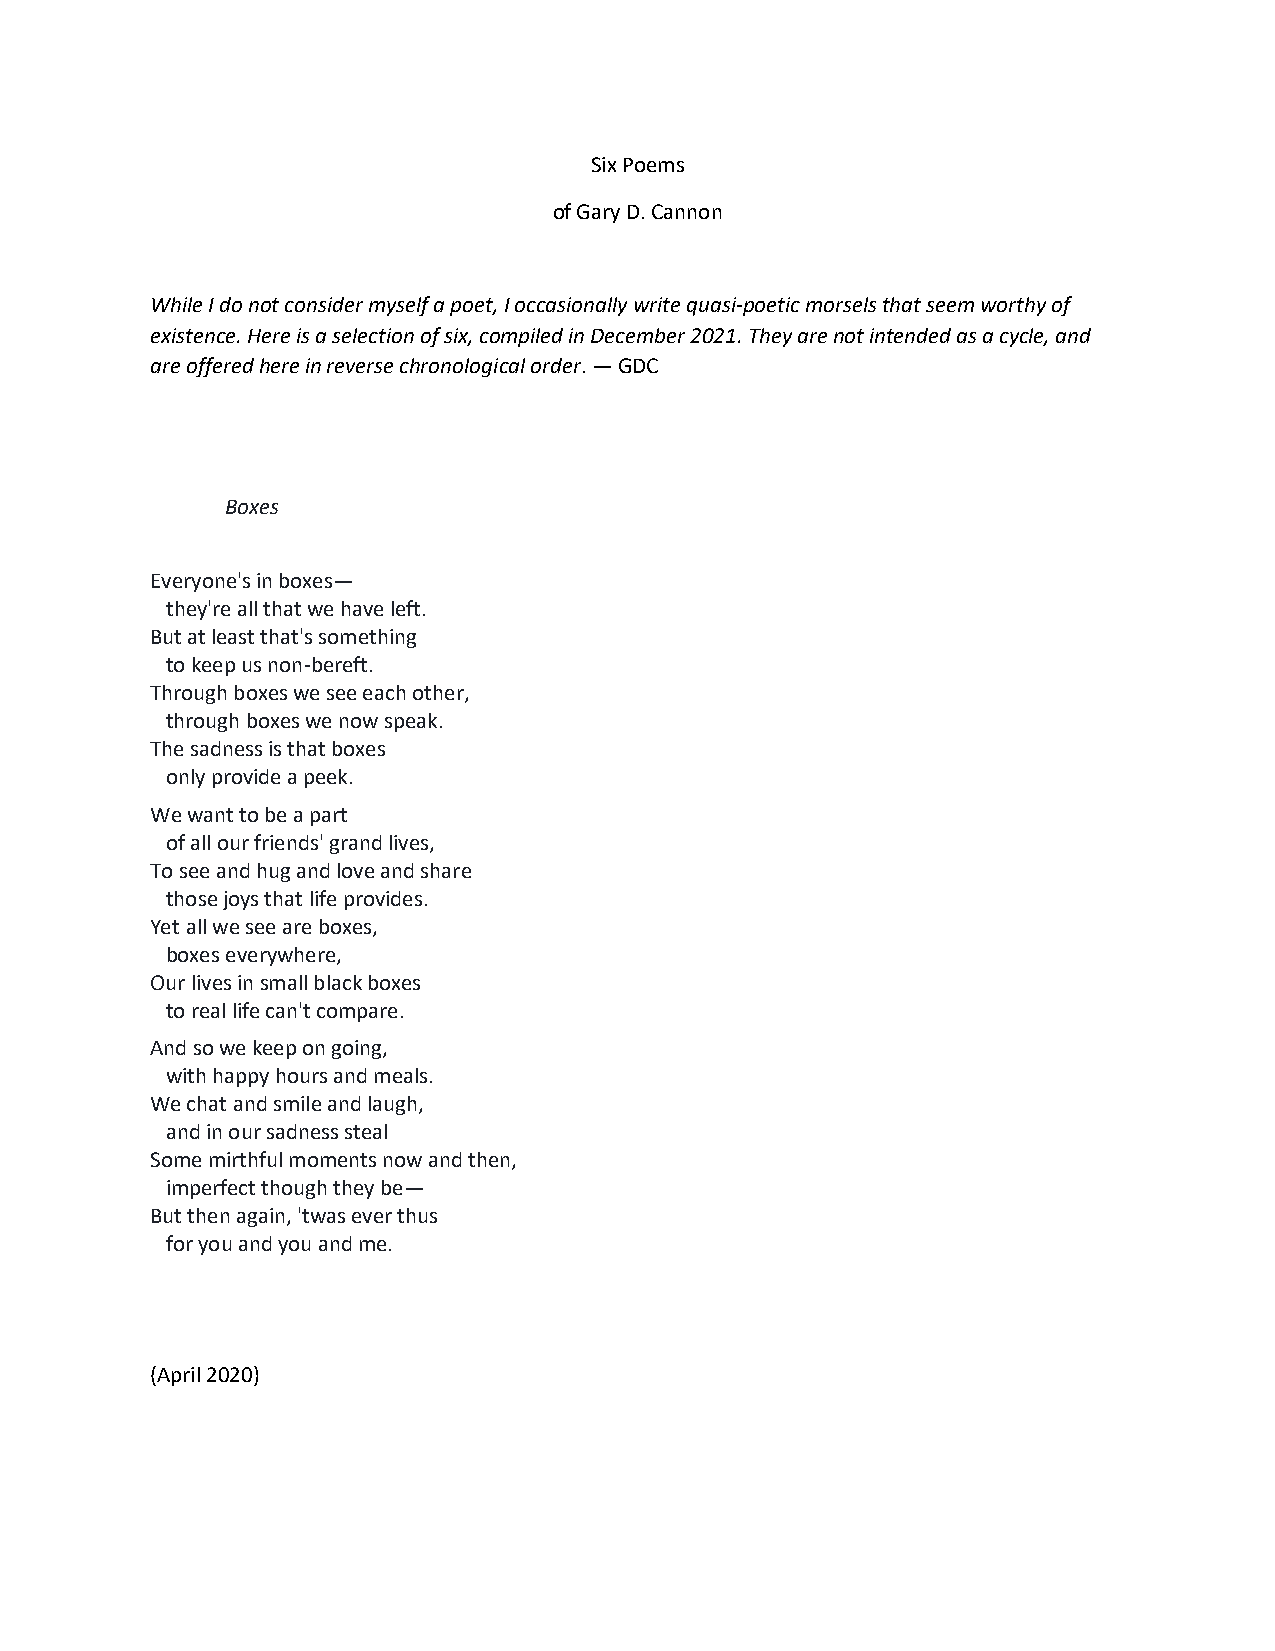
Six Poems
 of Gary D. Cannon
 While I do not consider myself a poet, I occasionally write quasi-poetic morsels that seem worthy of
 existence. Here is a selection of six, compiled in December 2021. They are not intended as a cycle, and
 are offered here in reverse chronological order. — GDC
 Boxes
 Everyone's in boxes—
 they're all that we have left.
 But at least that's something
 to keep us non-bereft.
 Through boxes we see each other,
 through boxes we now speak.
 The sadness is that boxes
 only provide a peek.
 We want to be a part
 of all our friends' grand lives,
 To see and hug and love and share
 those joys that life provides.
 Yet all we see are boxes,
 boxes everywhere,
 Our lives in small black boxes
 to real life can't compare.
 And so we keep on going,
 with happy hours and meals.
 We chat and smile and laugh,
 and in our sadness steal
 Some mirthful moments now and then,
 imperfect though they be—
 But then again, 'twas ever thus
 for you and you and me.
 (April 2020)